Civil Veterinary Dept. Bombay admin report 1914-1922 - 1914-1922
Year: 1914
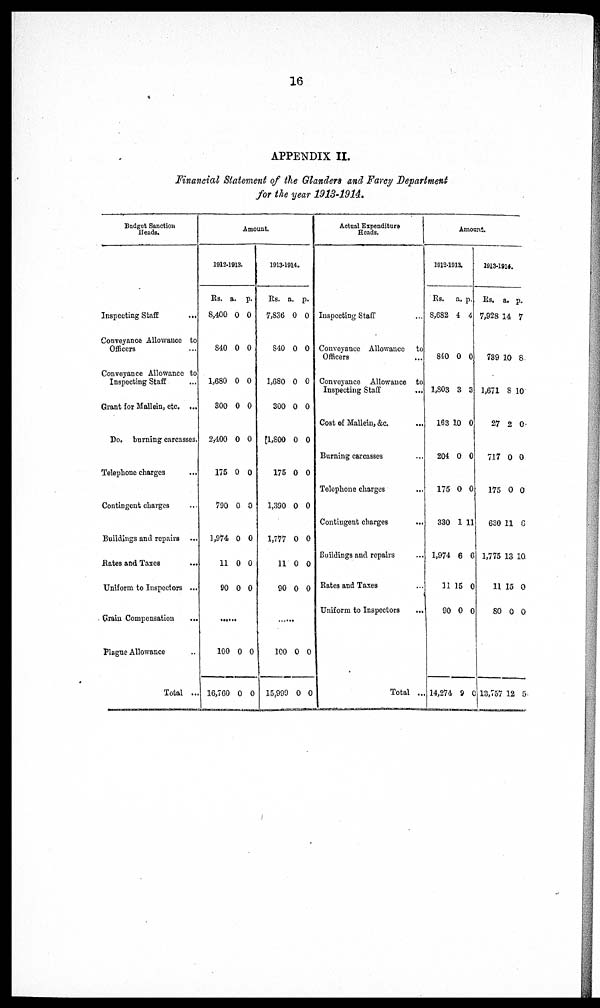
16
APPENDIX II.
Financial Statement of the Glanders and Farcy Department
for the year 1913-1914.
Budget Sanction
Heads.
Inspecting Staff
...
Conveyance Allowance to
Officers ...
Conveyance Allowance to
Inspecting Staff
Grant for Mallein, etc. ...
Do. burning carcasses.
Telephone charges ...
Contingent charges
Buildings and repairs
Rates and Taxes ...
Uniform to Inspectors ...
Grain Compensation
...
Plague Allowance ...
Total ...
Amount.
1912-1913.
Rs.
8,400
840
1,680
300
2,400
175
790
1,974
11
90
a.
0
0
0
0
0
0
0
0
0
0
p.
0
0
0
0
0
0
0
0
0
0
......
100
16,760
0
0
0
0
1913-1914.
Rs.
7,836
840
1,680
300
1,800
175
1,390
1,777
11
90
a.
0
0
0
0
0
0
0
0
0
0
p.
0
0
0
0
0
0
0
0
0
0
.......
100
15,990
0
0
0
0
Actual Expenditure
Heads.
Inspecting Staff ...
Conveyance Allowance
to
Officers ...
Conveyance Allowance to
Inspecting Staff ...
Cost of Mallein, &c.
...
Burning carcasses ...
Telephone charges ...
Contingent charges ...
Buildings and repairs ...
Rates and Taxes ...
Uniform to Inspectors ...
Total ...
Amount.
1012-1913.
Rs.
8,682
810
1,803
163
204
175
330
1,974
31
90
14,274
a.
4
0
3
10
0
0
1
6
15
0
9
p.
4
0
3
0
0
0
11
6
0
0
0
1913-1914.
Rs.
7,928 1
739
1,671
27
717
175
630
1,775
11
80
13,757
a.
4
10
8
2
0
0
11
13
15
0
12
p.
7
8
10
0
0
0
8
10.
0
0
5